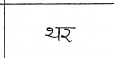
मजकूर: थर